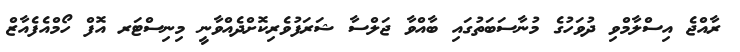
ރާއްޖެ އިސްލާމްވި ދުވަހުގެ މުނާސަބަތުގައި ބާއްވާ ޖަލްސާ ޝަރަފުވެރިކޮށްދެއްވާނީ މިނިސްޓަރ އޮފް ހޯމްއެފެއާޒް